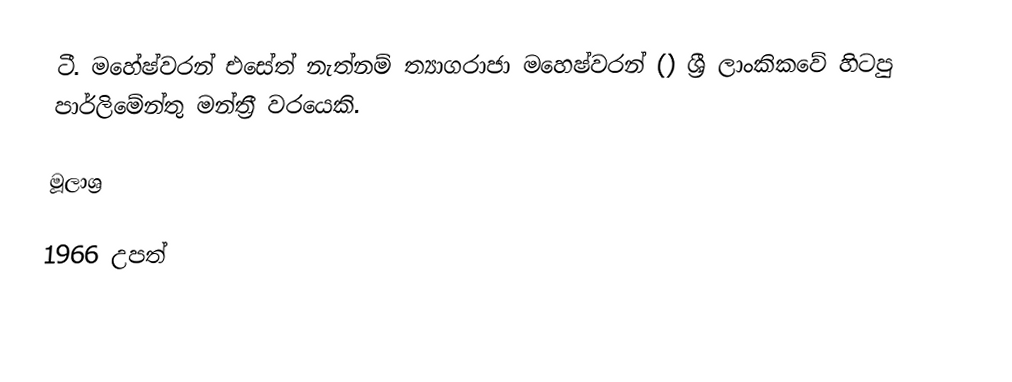
ටී. මහේෂ්වරන් එසේත් නැත්නම් ත්‍යාගරාජා මහෙෂ්වරන් () ශ්‍රී ලාංකිකවේ හිටපු පාර්ලිමේන්තු මන්ත්‍රී වරයෙකි.

මූලාශ්‍ර

1966 උපත්